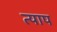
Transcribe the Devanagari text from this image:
त्याप